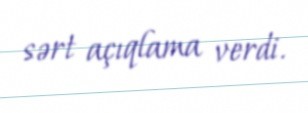
sərt açıqlama verdi.